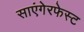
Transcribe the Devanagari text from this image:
साएंगेरफेस्ट